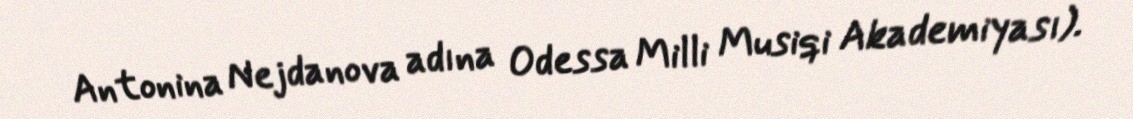
Antonina Nejdanova adına Odessa Milli Musiqi Akademiyası).